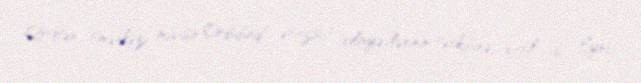
Qoğtən (mərkəzi müasir Ordubad ərazisi) vilayətlərinin tərkibinə daxil idi. Eyni